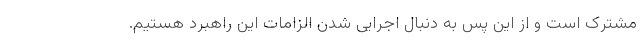
مشترک است و از این پس به دنبال اجرایی شدن الزامات این راهبرد هستیم.